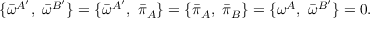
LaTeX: \{ { \bar { \omega } } ^ { A ^ { \prime } } , \ { \bar { \omega } } ^ { B ^ { \prime } } \} = \{ { \bar { \omega } } ^ { A ^ { \prime } } , \ { \bar { \pi } _ { A } } \} = \{ { \bar { \pi } _ { A } } , \ { \bar { \pi } _ { B } } \} = \{ { \omega } ^ { A } , \ { \bar { \omega } } ^ { B ^ { \prime } } \} = 0 .